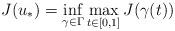
LaTeX: \begin{align*} J(u_*) = \inf_{\gamma\in\Gamma} \max_{t\in[0,1]} J(\gamma(t))\end{align*}